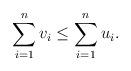
LaTeX: \begin{align*}\sum_{i=1}^n v_i \leq \sum_{i=1}^n u_i. \end{align*}